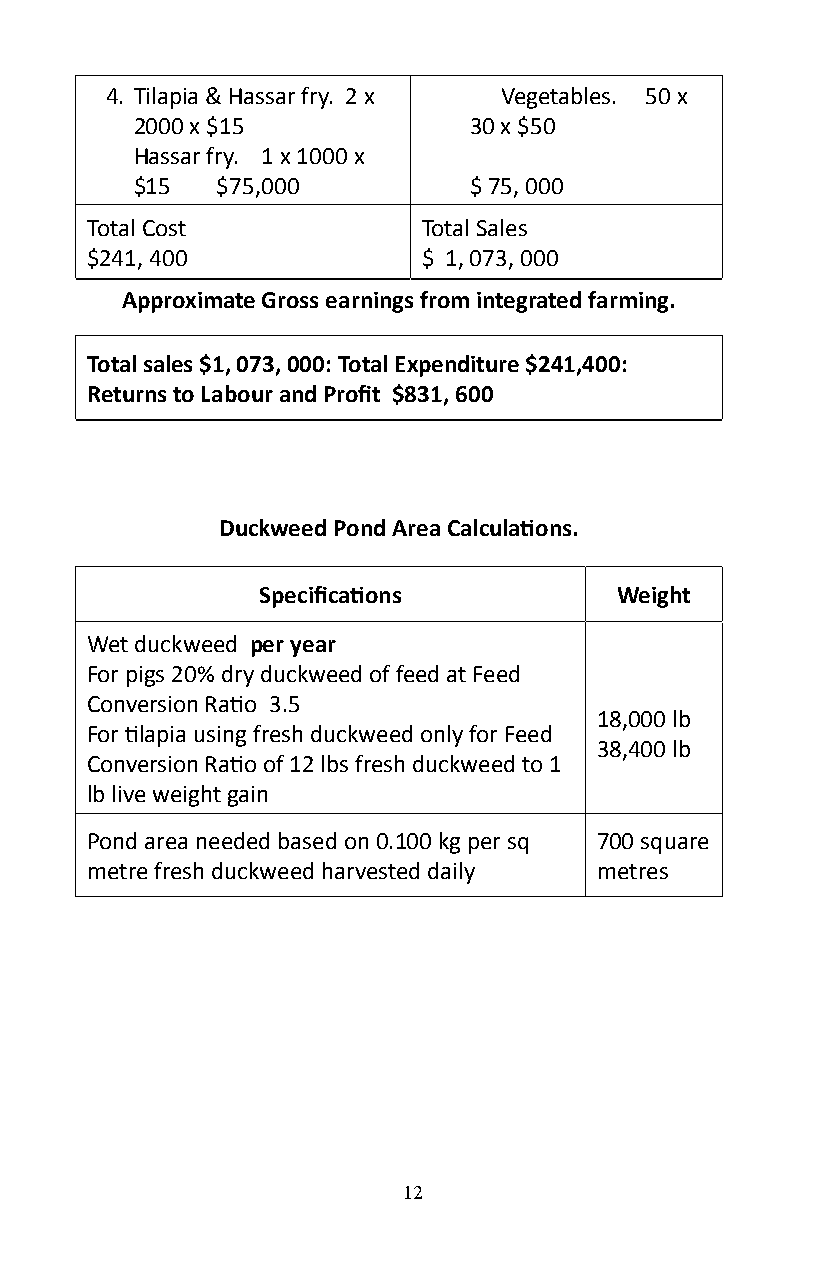
4� Tilapia & Hassar fry. 2 x Vegetables. 50 x
 2000 x $15            30 x $50
 Hassar fry. 1 x 1000 x
 $15  $75,000          $ 75, 000
 Total Cost            Total Sales
 $241, 400             $ 1, 073, 000
 Approximate Gross earnings from integrated farming.
 Total sales $1, 073, 000: Total Expenditure $241,400:
 Returns to Labour and Profit $831, 600
 Duckweed Pond Area Calculations.
 Specifications          Weight
 Wet duckweed per year
 For pigs 20% dry duckweed of feed at Feed
 Conversion Ratio 3.5
 18,000 lb
 For tilapia using fresh duckweed only for Feed
 38,400 lb
 Conversion Ratio of 12 lbs fresh duckweed to 1
 lb live weight gain
 Pond area needed based on 0�100 kg per sq 700 square
 metre fresh duckweed harvested daily metres
 12